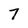
Character: 7